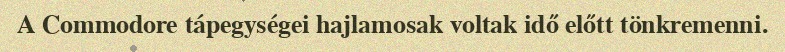
A Commodore tápegységei hajlamosak voltak idő előtt tönkremenni.